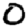
Digit: 0